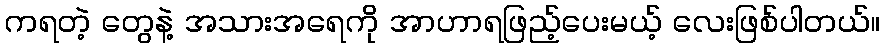
ကရတဲ့ တွေနဲ့ အသားအရေကို အာဟာရဖြည့်ပေးမယ့် လေးဖြစ်ပါတယ်။